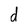
Character: d